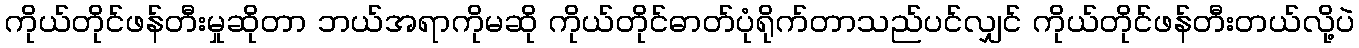
ကိုယ်တိုင်ဖန်တီးမှုဆိုတာ ဘယ်အရာကိုမဆို ကိုယ်တိုင်ဓာတ်ပုံရိုက်တာသည်ပင်လျှင် ကိုယ်တိုင်ဖန်တီးတယ်လို့ပဲ